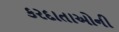
કરદાતાઓની